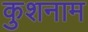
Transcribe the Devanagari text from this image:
कुशनाम